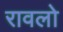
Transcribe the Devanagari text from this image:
रावलो